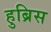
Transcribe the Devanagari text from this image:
हुब्रिस